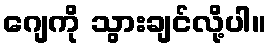
ဂျေကို သွားချင်လို့ပါ။